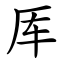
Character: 厍